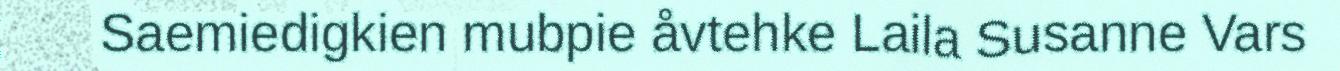
Saemiedigkien mubpie åvtehke Laila Susanne Vars